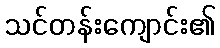
သင်တန်းကျောင်း၏